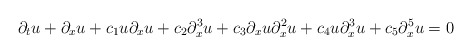
\begin{align*} \partial_tu + \partial_xu + c_1u\partial_xu + c_2\partial_x^3u+ c_3\partial_xu\partial_x^2u + c_4u\partial_x^3u + c_5\partial_x^5u = 0\end{align*}